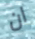
ان